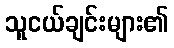
သူငယ်ချင်းများ၏